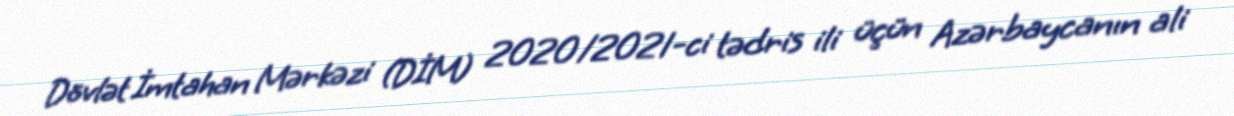
Dövlət İmtahan Mərkəzi (DİM) 2020/2021-ci tədris ili üçün Azərbaycanın ali